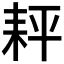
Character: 𦓬